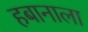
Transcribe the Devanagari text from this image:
हबानाला